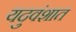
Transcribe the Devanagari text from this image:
यदुवंशात